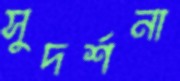
সুদর্শনা